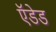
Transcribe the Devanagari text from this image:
ऍडेड